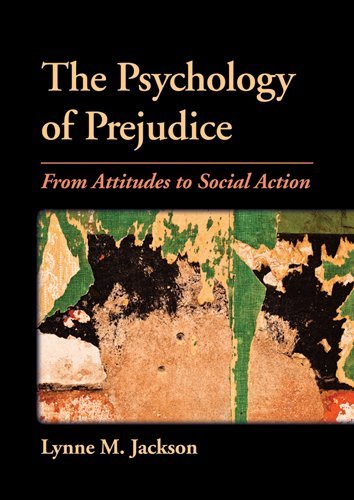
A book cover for The Psychology of Prejudice: From Attitudes to Social Action; Lynne M. Jackson; Medical Books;